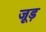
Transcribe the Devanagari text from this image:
जूड़